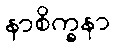
နာစိက္ခနာ